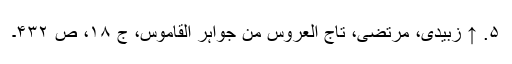
۵. ↑ زبیدی، مرتضی، تاج العروس من جواہر القاموس، ج ۱۸، ص ۴۳۲۔